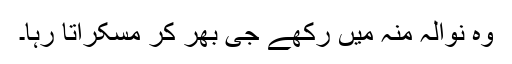
وہ نوالہ منہ میں رکھے جی بھر کر مسکراتا رہا۔